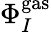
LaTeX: \Phi_{I}^{\mathrm{gas}}